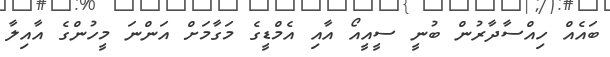
ބައެއް ހިއްސާދާރުން ބުނީ ސީއީއޯ އާއި އެމްޑީގެ މަގާމަށް އަންނަ މީހުންގެ އާއިލާ